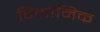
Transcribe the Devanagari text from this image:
दिनामिक